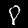
Digit: 8